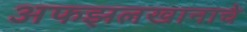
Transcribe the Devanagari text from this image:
अफझलखानाचे